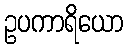
ဥပကာရိယော